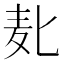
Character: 𱋅